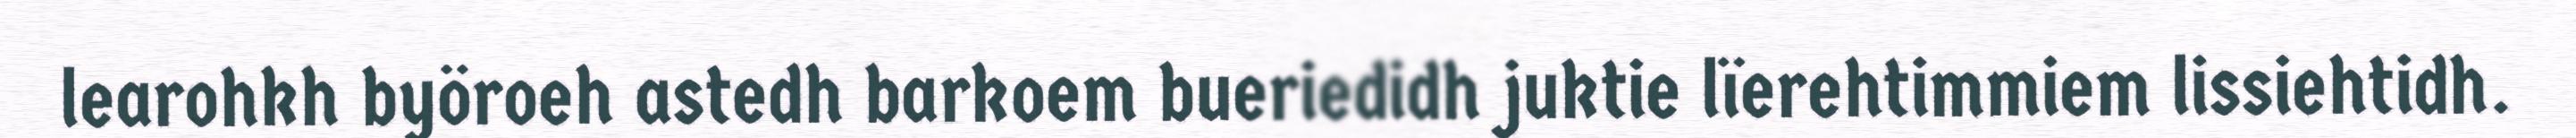
learohkh byöroeh astedh barkoem bueriedidh juktie lïerehtimmiem lissiehtidh.